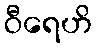
ဝီရေဟိ